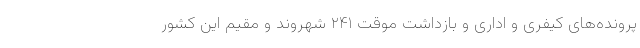
پرونده‌های کیفری و اداری و بازداشت موقت ۲۴۱ شهروند و مقیم این کشور